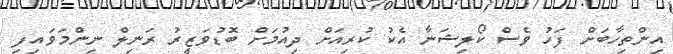
އިންތިހާބަށް ފަހު ވެސް ކޯލިޝަނާ އެކު ކުރިއަށް ދިއުމަށް ބޮޑުވަޒީރު ރަނިލް ނިންމަވައިފި